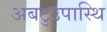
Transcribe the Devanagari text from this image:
अबटुउपास्थि